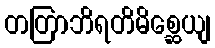
တတြာဘိရတိမိစ္ဆေယျ